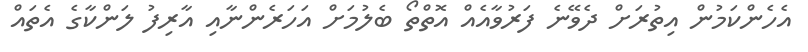
އެހެންކަމުން އިތުރަށް ދެވޭނެ ފަރުވާއެއް އޮތްތޯ ބެލުމަށް އަހަރެންނާއި އާރިފު ލަންކާގެ އެތައް